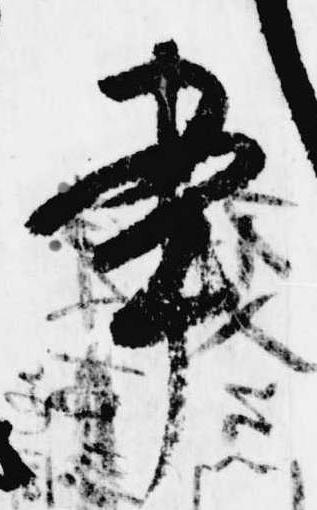
書